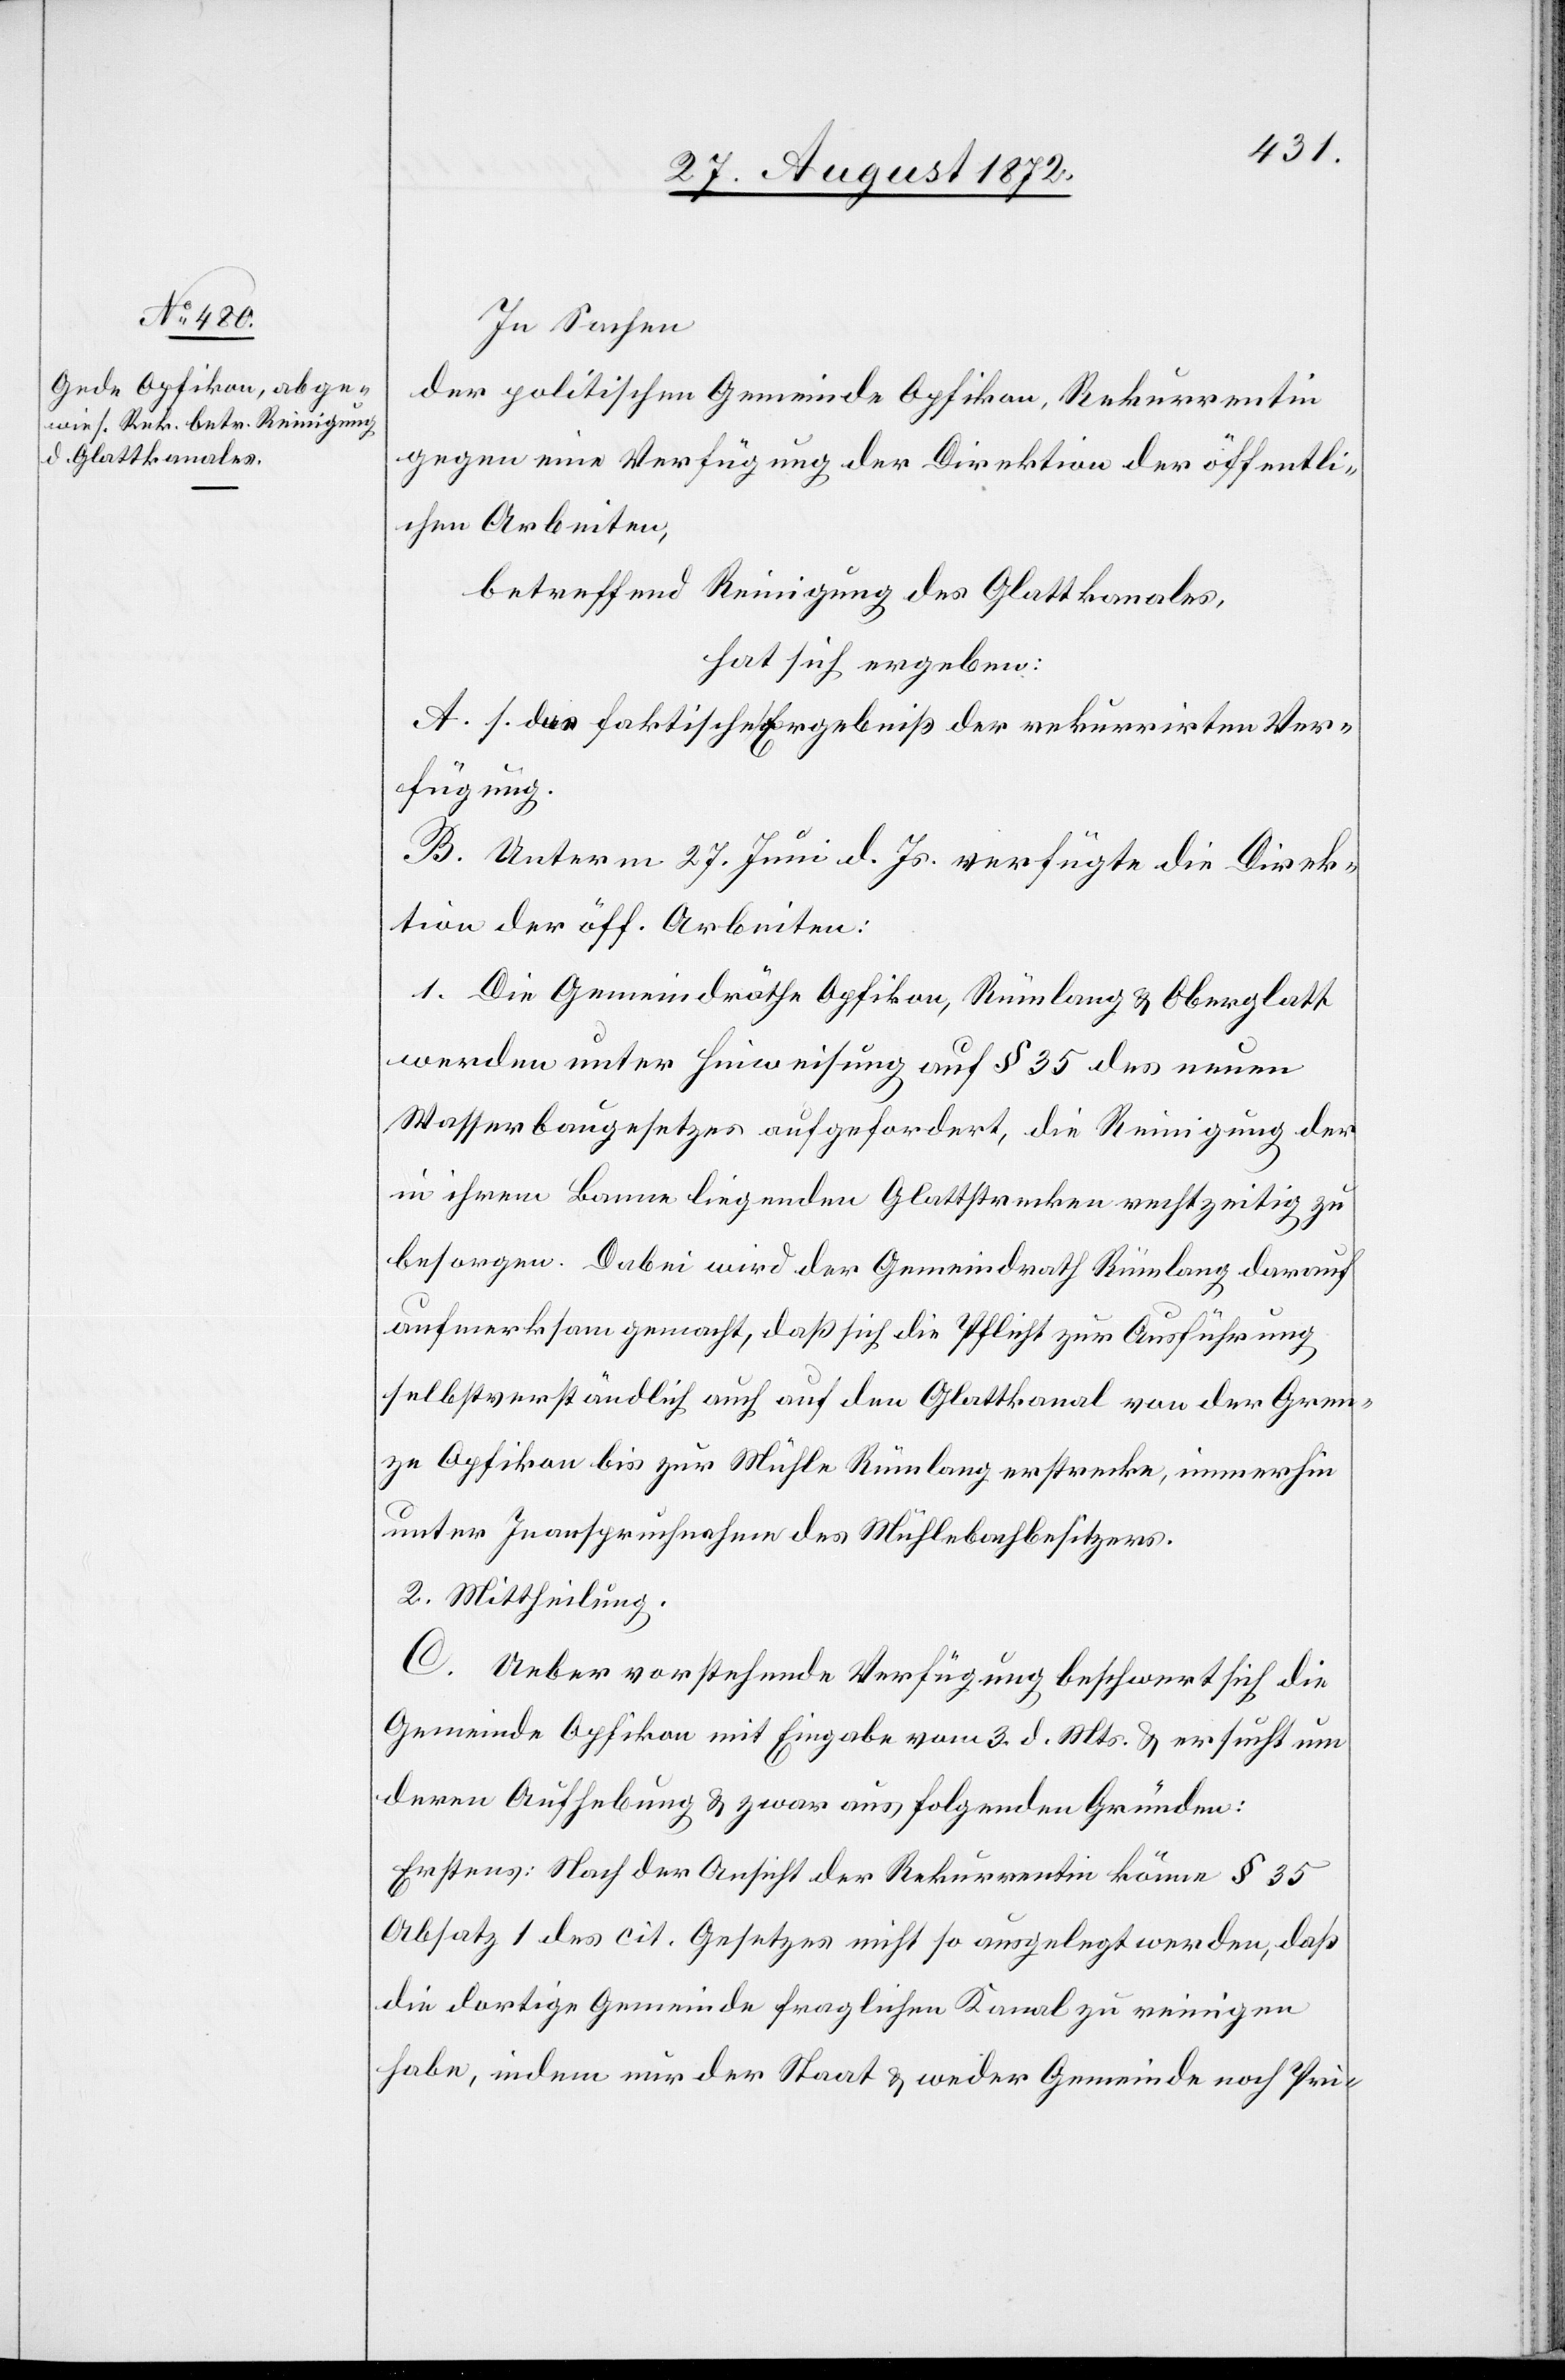
In Sachen
der politischen Gemeinde Opfikon, Rekurrentin
gegen eine Verfügung der Direktion der öffentli¬
chen Arbeiten,
betreffend Reinigung des Glattkanales,
hat sich ergeben:
A. s. das faktische Ergebniß der rekurrirten Ver¬
fügung.
B. Unterm 27. Juni d. Js. verfügte die Direk¬
tion der öff. Arbeiten:
1. Die Gemeindräthe Opfikon, Rümlang u. Oberglatt
werden unter Hinweisung auf § 35 des neuen
Wasserbaugesetzes aufgefordert, die Reinigung der
in ihrem Banne liegenden Glattstrecken rechtzeitig zu
besorgen. Dabei wird der Gemeindrath Rümlang darauf
aufmerksam gemacht, daß sich die Pflicht zur Ausführung
selbstverständlich auch auf den Glattkanal von der Gren¬
ze Opfikon bis zur Mühle Rümlang erstrecke, immerhin
unter Inanspruchnahme des Mühlebachbesitzers.
2. Mittheilung.
C. Ueber vorstehende Verfügung beschwert sich die
Gemeinde Opfikon mit Eingabe vom 3. d. Mts. u. ersucht um
deren Aufhebung u. zwar aus folgenden Gründen:
Erstens: Nach der Ansicht der Rekurrentin könne § 35
Absatz 1 des cit. Gesetzes nicht so ausgelegt werden, daß
die dortige Gemeinde fraglichen Kanal zu reinigen
habe, indem nur der Staat u. weder Gemeinde noch Pri-